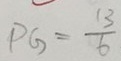
P G = \frac { 1 3 } { 6 }